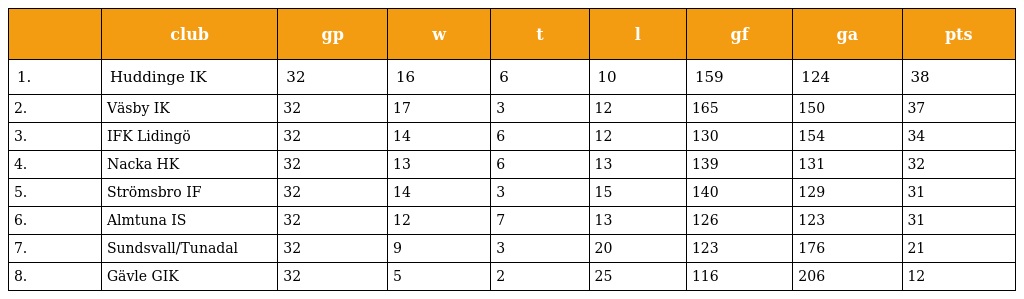
|  | club | gp | w | t | l | gf | ga | pts |
 | --- | --- | --- | --- | --- | --- | --- | --- | --- |
 | 1. | Huddinge IK | 32 | 16 | 6 | 10 | 159 | 124 | 38 |
 | 2. | Väsby IK | 32 | 17 | 3 | 12 | 165 | 150 | 37 |
 | 3. | IFK Lidingö | 32 | 14 | 6 | 12 | 130 | 154 | 34 |
 | 4. | Nacka HK | 32 | 13 | 6 | 13 | 139 | 131 | 32 |
 | 5. | Strömsbro IF | 32 | 14 | 3 | 15 | 140 | 129 | 31 |
 | 6. | Almtuna IS | 32 | 12 | 7 | 13 | 126 | 123 | 31 |
 | 7. | Sundsvall/Tunadal | 32 | 9 | 3 | 20 | 123 | 176 | 21 |
 | 8. | Gävle GIK | 32 | 5 | 2 | 25 | 116 | 206 | 12 |